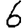
Digit: 6